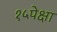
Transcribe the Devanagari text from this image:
१५पेक्षा